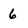
Character: 6